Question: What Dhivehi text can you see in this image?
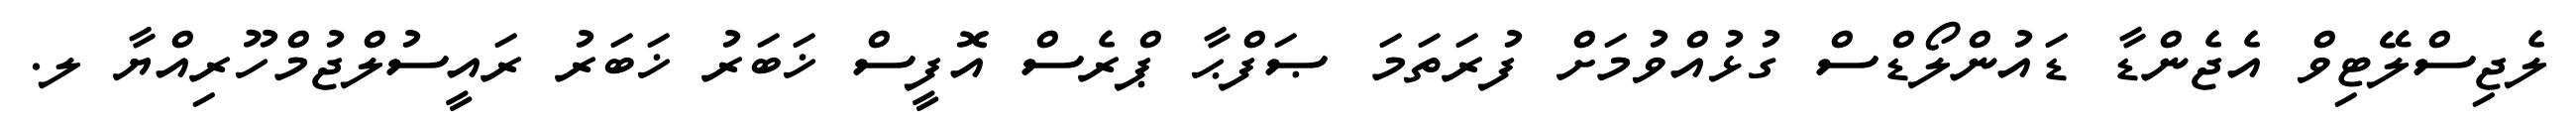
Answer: ލެޖިސްލޭޓިވް އެޖެންޑާ ޑައުންލޯޑްސް ގުޅުއްވުމަށް ފުރަތަމަ ޞަފްޙާ ޕްރެސް އޮފީސް ޚަބަރު ޚަބަރު ރައީސުލްޖުމްހޫރިއްޔާ ލ.